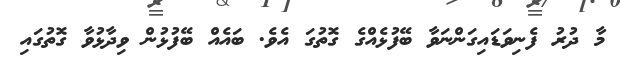
މާ ދުރު ފެނިވަޑައިގަންނަވާ ބޭފުޅެއްގެ ގޮތުގަ އެވެ. ބައެއް ބޭފުޅުން ވިދާޅުވާ ގޮތުގައި